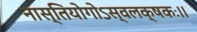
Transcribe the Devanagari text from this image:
नास्तियोगोऽस्वलक्षकः।।